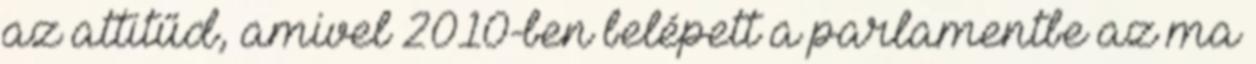
az attitűd, amivel 2010-ben belépett a parlamentbe az ma